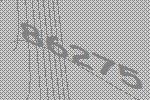
86275